Civil Veterinary Dept. Assam report 1927-50 - 1927-1950
Year: 1927
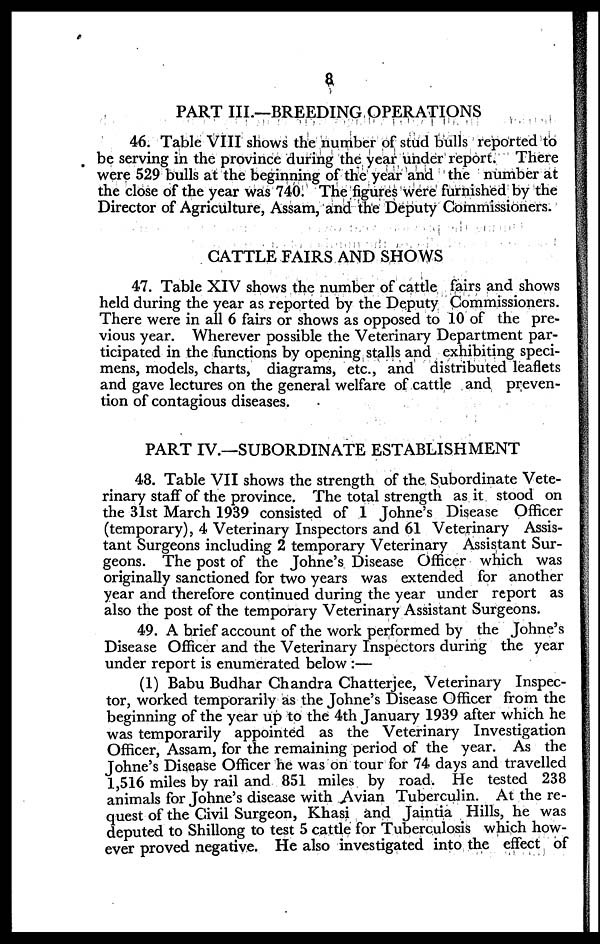
a
PART III.—BREEDING OPERATIONS
46. Table VIII shows the number of stud bulls reported to
be serving in the province during the year under report. There
were 529 bulls at the beginning of the year and the number at
the close of the year was 740. The figures were furnished by the
Director of Agriculture, Assam, and the Deputy Commissioners.
CATTLE FAIRS AND SHOWS
47. Table XIV shows the number of cattle fairs and shows
held during the year as reported by the Deputy Commissioners.
There were in all 6 fairs or shows as opposed to 10 of the pre-
vious year. Wherever possible the Veterinary Department par-
ticipated in the functions by opening stalls and exhibiting speci-
mens, models, charts, diagrams, etc., and distributed leaflets
and gave lectures on the general welfare of cattle and preven-
tion of contagious diseases.
PART IV.—SUBORDINATE ESTABLISHMENT
48. Table VII shows the strength of the Subordinate Vete-
rinary staff of the province. The total strength as it stood on
the 31st March 1939 consisted of 1 Johne's Disease Officer
(temporary), 4 Veterinary Inspectors and 61 Veterinary Assis-
tant Surgeons including 2 temporary Veterinary Assistant Sur-
geons. The post of the Johne's Disease Officer which was
originally sanctioned for two years was extended for another
year and therefore continued during the year under report as
also the post of the temporary Veterinary Assistant Surgeons.
49. A brief account of the work performed by the Johne's
Disease Officer and the Veterinary Inspectors during the year
under report is enumerated below :—
(1) Babu Budhar Chandra Chatterjee, Veterinary Inspec-
tor, worked temporarily as the Johne's Disease Officer from the
beginning of the year up to the 4th January 1.939 after which he
was temporarily appointed as the Veterinary Investigation
Officer, Assam, for the remaining period of the year. As the
Johne's Disease Officer he was on tour for 74 days and travelled
1,516 miles by rail and 851 miles by road. He tested 238
animals for Johne's disease with Avian Tuberculin. At the re-
quest of the Civil Surgeon, Khasi and Jaintia Hills, he was
deputed to Shillong to test 5 cattle for Tuberculosis which how-
ever proved negative. He also investigated into the effect of